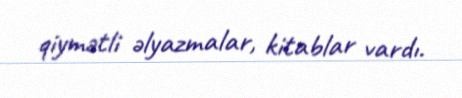
qiymətli əlyazmalar, kitablar vardı.